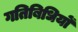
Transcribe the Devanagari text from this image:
गतिबिधियों